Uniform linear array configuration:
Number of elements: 8
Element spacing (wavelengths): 0.75
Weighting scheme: hann
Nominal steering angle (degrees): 0
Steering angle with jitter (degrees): -1.422
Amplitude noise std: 0.05
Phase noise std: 0.05

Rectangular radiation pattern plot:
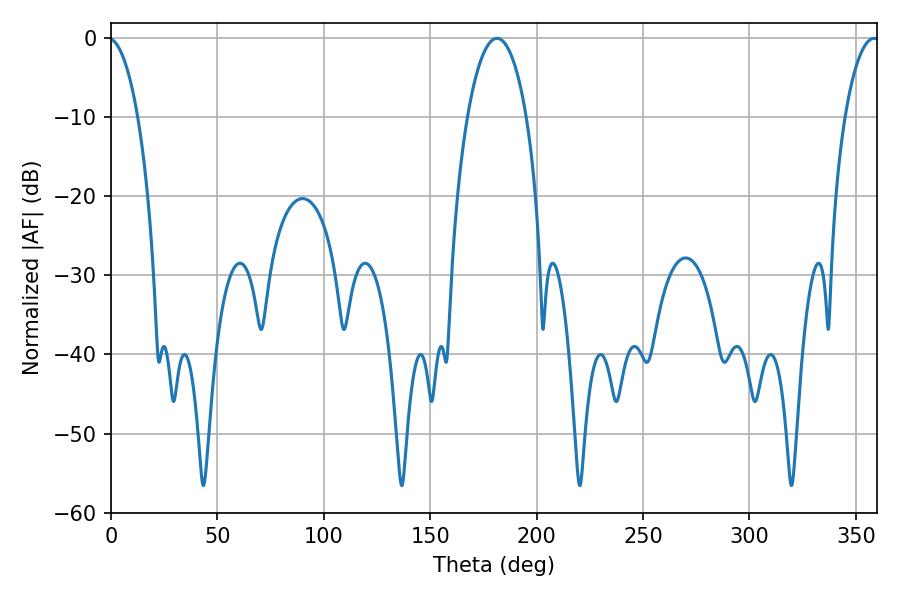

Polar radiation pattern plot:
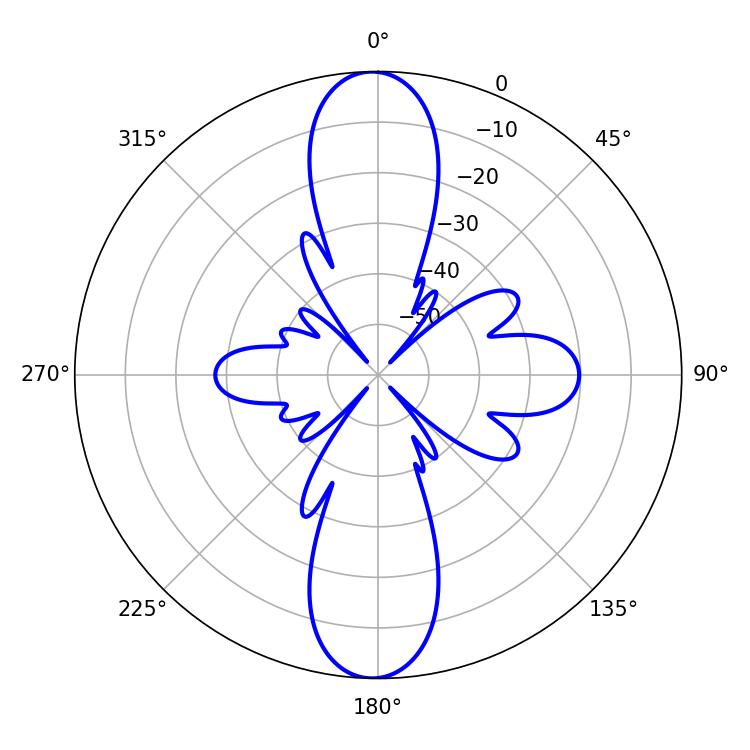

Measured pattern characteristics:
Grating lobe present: TRUE
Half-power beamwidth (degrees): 15.66
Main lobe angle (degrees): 181.44